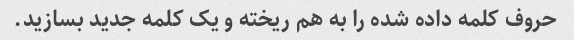
حروف کلمه داده شده را به هم ریخته و یک کلمه جدید بسازید.